Insane asylums in Bengal annual reports 1867-1875 - 1867-1875
Year: 1867
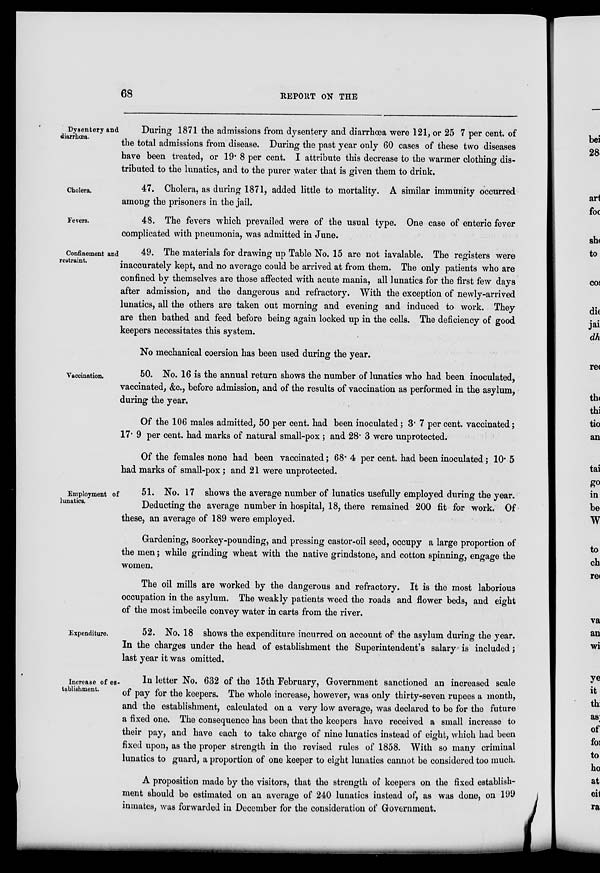
68
REPORT ON THE
Dysentery and
diarrhœa.
During 1871 the admissions from dysentery and diarrhœa were 121, or 25 7 per cent. of
the total admissions from disease. During the past year only 60 cases of these two diseases
have been treated, or 19.8 per cent. I attribute this decrease to the warmer clothing dis-
tributed to the lunatics, and to the purer water that is given them to drink.
Cholera.
47. Cholera, as during 1871, added little to mortality. A similar immunity occurred
among the prisoners in the jail.
Fevers.
48. The fevers which prevailed were of the usual type. One case of enteric fever
complicated with pneumonia, was admitted in June.
Confinement and
restraint.
49. The materials for drawing up Table No. 15 are not iavalable. The registers were
inaccurately kept, and no average could be arrived at from them. The only patients who are
confined by themselves are those affected with acute mania, all lunatics for the first few days
after admission, and the dangerous and refractory. With the exception of newly-arrived
lunatics, all the others are taken out morning and evening and induced to work. They
are then bathed and feed before being again locked up in the cells. The deficiency of good
keepers necessitates this system.
No mechanical coersion has been used during the year.
Vaccination.
50. No. 16 is the annual return shows the number of lunatics who had been inoculated,
vaccinated, &c., before admission, and of the results of vaccination as performed in the asylum,
during the year.
Of the 106 males admitted, 50 per cent. had been inoculated; 3.7 per cent. vaccinated;
17.9 per cent. had marks of natural small-pox ; and 28.3 were unprotected.
Of the females none had been vaccinated; 68.4 per cent. had been inoculated; 10.5
had marks of small-pox; and 21 were unprotected.
Employment of
lunatics.
51. No. 17 shows the average number of lunatics usefully employed during the year.
Deducting the average number in hospital, 18, there remained 200 fit for work. Of
these, an average of 189 were employed.
Gardening, soorkey-pounding, and pressing castor-oil seed, occupy a large proportion of
the men; while grinding wheat with the native grindstone, and cotton spinning, engage the
women.
The oil mills are worked by the dangerous and refractory. It is the most laborious
occupation in the asylum. The weakly patients weed the roads and flower beds, and eight
of the most imbecile convey water in carts from the river.
Expenditure.
52. No. 18 shows the expenditure incurred on account of the asylum during the year.
In the charges under the head of establishment the Superintendent's salary is included;
last year it was omitted.
Increase of es-
tablishment.
In letter No. 632 of the 15th February, Government sanctioned an increased scale
of pay for the keepers. The whole increase, however, was only thirty-seven rupees a month,
and the establishment, calculated on a very low average, was declared to be for the future
a fixed one. The consequence has been that the keepers have received a small increase to
their pay, and have each to take charge of nine lunatics instead of eight, which had been
fixed upon, as the proper strength in the revised rules of 1858. With so many criminal
lunatics to guard, a proportion of one keeper to eight lunatics cannot be considered too much.
A proposition made by the visitors, that the strength of keepers on the fixed establish-
ment should be estimated on an average of 240 lunatics instead of, as was done, on 199
inmates, was forwarded in December for the consideration of Government.